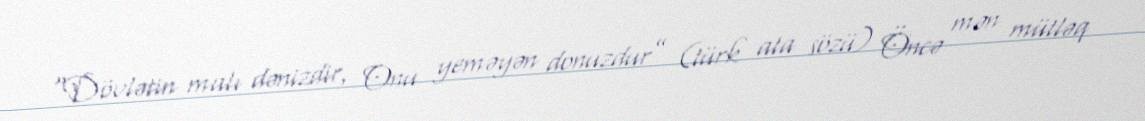
“Dövlətin malı dənizdir, Onu yeməyən donuzdur” (türk ata sözü) Öncə mən mütləq